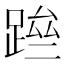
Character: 䠁